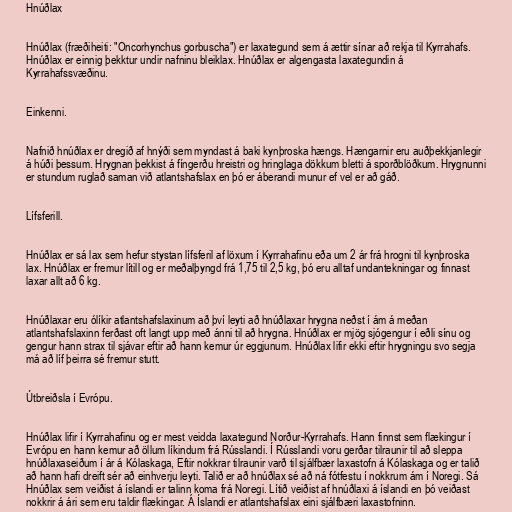
Hnúðlax

Hnúðlax (fræðiheiti: "Oncorhynchus gorbuscha") er laxategund sem á ættir sínar að rekja til Kyrrahafs.
Hnúðlax er einnig þekktur undir nafninu bleiklax. Hnúðlax er algengasta laxategundin á
Kyrrahafssvæðinu.

Einkenni.

Nafnið hnúðlax er dregið af hnýði sem myndast á baki kynþroska hængs. Hængarnir eru auðþekkjanlegir
á húði þessum. Hrygnan þekkist á fíngerðu hreistri og hringlaga dökkum bletti á sporðblöðkum. Hrygnunni
er stundum ruglað saman við atlantshafslax en þó er áberandi munur ef vel er að gáð.

Lífsferill.

Hnúðlax er sá lax sem hefur stystan lífsferil af löxum í Kyrrahafinu eða um 2 ár frá hrogni til kynþroska
lax. Hnúðlax er fremur lítill og er meðalþyngd frá 1,75 til 2,5 kg, þó eru alltaf undantekningar og finnast
laxar allt að 6 kg.

Hnúðlaxar eru ólíkir atlantshafslaxinum að því leyti að hnúðlaxar hrygna neðst í ám á meðan
atlantshafslaxinn ferðast oft langt upp með ánni til að hrygna. Hnúðlax er mjög sjógengur í eðli sínu og
gengur hann strax til sjávar eftir að hann kemur úr eggjunum. Hnúðlax lifir ekki eftir hrygningu svo segja
má að líf þeirra sé fremur stutt.

Útbreiðsla í Evrópu.

Hnúðlax lifir í Kyrrahafinu og er mest veidda laxategund Norður-Kyrrahafs. Hann finnst sem flækingur í
Evrópu en hann kemur að öllum líkindum frá Rússlandi. Í Rússlandi voru gerðar tilraunir til að sleppa
hnúðlaxaseiðum í ár á Kólaskaga, Eftir nokkrar tilraunir varð til sjálfbær laxastofn á Kólaskaga og er talið
að hann hafi dreift sér að einhverju leyti. Talið er að hnúðlax sé að ná fótfestu í nokkrum ám í Noregi. Sá
Hnúðlax sem veiðist á íslandi er talinn koma frá Noregi. Lítið veiðist af hnúðlaxi á íslandi en þó veiðast
nokkrir á ári sem eru taldir flækingar. Á Íslandi er atlantshafslax eini sjálfbæri laxastofninn.